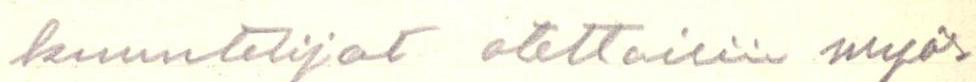
kuuntelijat otettaisiin myös